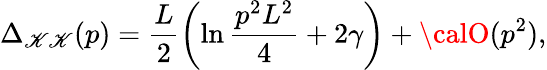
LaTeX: \Delta_{\mathscr{K}\mathscr{K}}(p)={\frac{{L}}{{2}}}\biggl(\ln{\frac{{p^{2}L^{2}}}{{4}}}+2\gamma\biggr)+{\calO}(p^{2}),